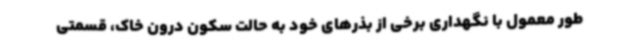
طور معمول با نگهداری برخی از بذرهای خود به حالت سکون درون خاک، قسمتی